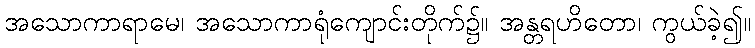
အသောကာရာမေ၊ အသောကာရုံကျောင်းတိုက်၌။ အန္တရဟိတော၊ ကွယ်ခဲ့၍။